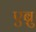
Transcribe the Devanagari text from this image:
एब्रु